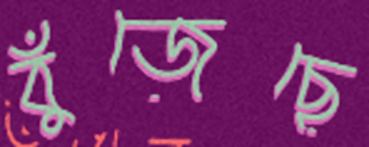
বুঁজেছে